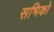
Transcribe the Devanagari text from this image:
सभिको